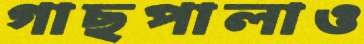
গাছপালাও